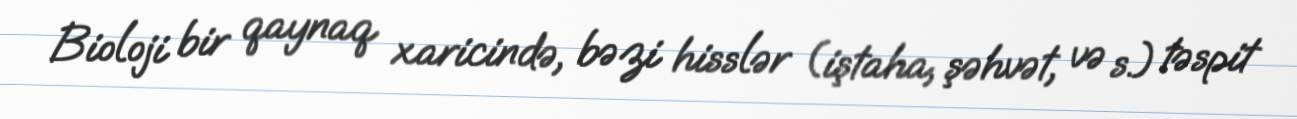
Bioloji bir qaynaq xaricində, bəzi hisslər (iştaha, şəhvət, və s.) təspit